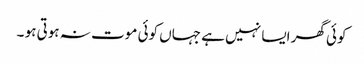
کوئی گھر ایسا نہیں ہے جہاں کوئی موت نہ ہوتی ہو ۔